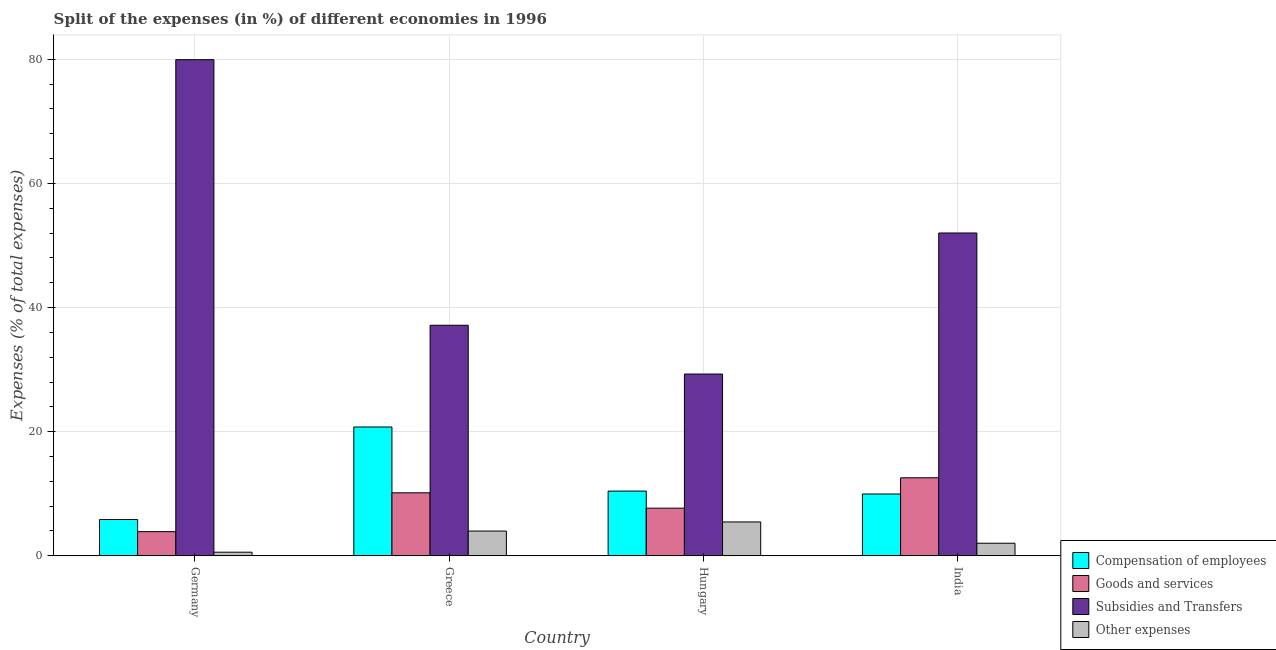
| Country | Compensation of employees | Goods and services | Subsidies and Transfers | Other expenses |
 | --- | --- | --- | --- | --- |
 | Germany | 5.85 | 3.89 | 79.9 | 0.58 |
 | Greece | 20.8 | 10.1 | 37.1 | 3.98 |
 | Hungary | 10.4 | 7.67 | 29.3 | 5.45 |
 | India | 9.95 | 12.6 | 52 | 2.03 |